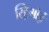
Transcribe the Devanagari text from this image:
स्ट्रिगोई